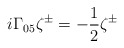
\begin{align*}i\Gamma _{05}\zeta ^{\pm }=-\frac 12\zeta ^{\pm }\end{align*}